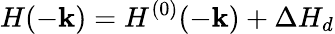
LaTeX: H(-{\mathbf k})=H^{(0)}(-{\mathbf k})+\Delta H_{d}